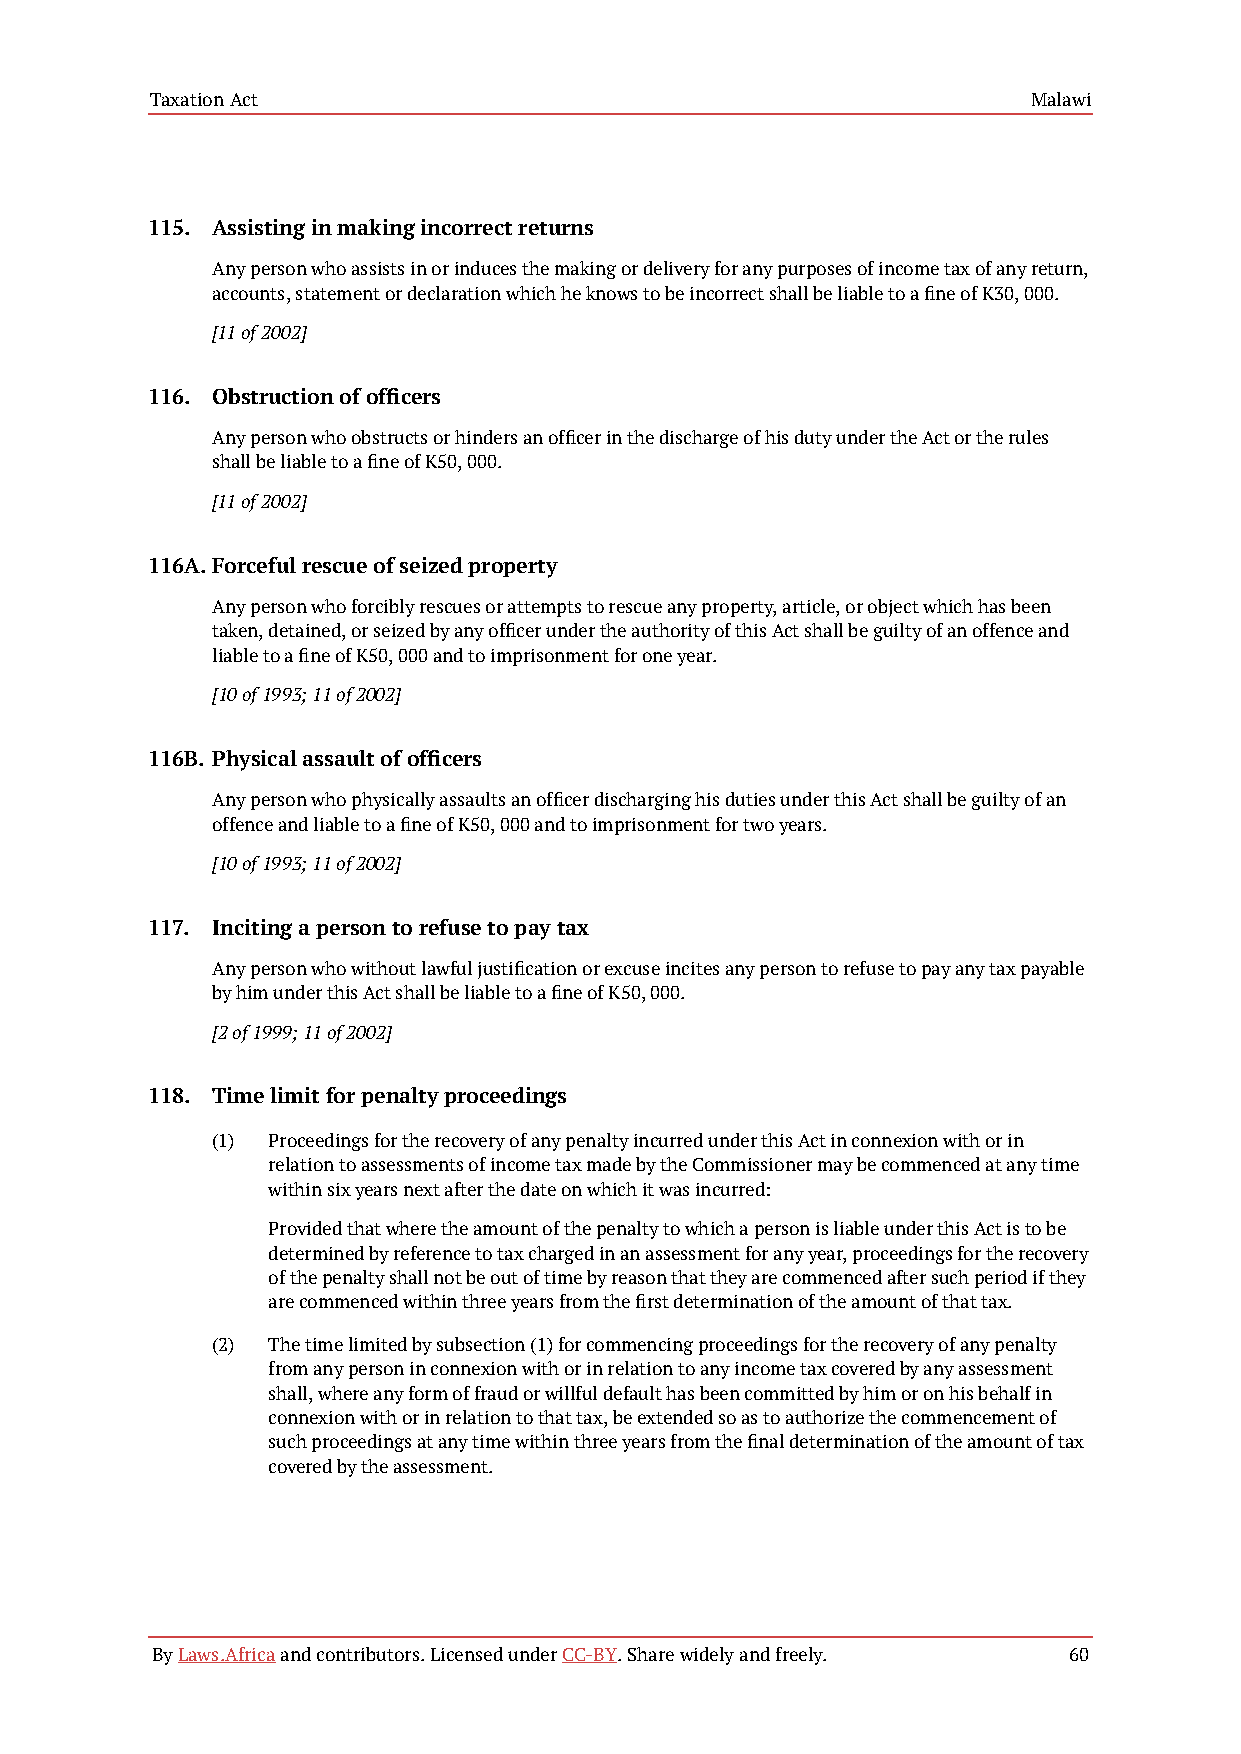
Taxation Act                                              Malawi
 115. Assisting in making incorrect returns
 Any person who assists in or induces the making or delivery for any purposes of income tax of any return,
 accounts, statement or declaration which he knows to be incorrect shall be liable to a fine of K30, 000.
 [11 of 2002]
 116. Obstruction of officers
 Any person who obstructs or hinders an officer in the discharge of his duty under the Act or the rules
 shall be liable to a fine of K50, 000.
 [11 of 2002]
 116A.Forceful rescue of seized property
 Any person who forcibly rescues or attempts to rescue any property, article, or object which has been
 taken, detained, or seized by any officer under the authority of this Act shall be guilty of an offence and
 liable to a fine of K50, 000 and to imprisonment for one year.
 [10 of 1993; 11 of 2002]
 116B. Physical assault of officers
 Any person who physically assaults an officer discharging his duties under this Act shall be guilty of an
 offence and liable to a fine of K50, 000 and to imprisonment for two years.
 [10 of 1993; 11 of 2002]
 117. Inciting a person to refuse to pay tax
 Any person who without lawful justification or excuse incites any person to refuse to pay any tax payable
 by him under this Act shall be liable to a fine of K50, 000.
 [2 of 1999; 11 of 2002]
 118. Time limit for penalty proceedings
 (1) Proceedings for the recovery of any penalty incurred under this Act in connexion with or in
 relation to assessments of income tax made by the Commissioner may be commenced at any time
 within six years next after the date on which it was incurred:
 Provided that where the amount of the penalty to which a person is liable under this Act is to be
 determined by reference to tax charged in an assessment for any year, proceedings for the recovery
 of the penalty shall not be out of time by reason that they are commenced after such period if they
 are commenced within three years from the first determination of the amount of that tax.
 (2) The time limited by subsection (1) for commencing proceedings for the recovery of any penalty
 from any person in connexion with or in relation to any income tax covered by any assessment
 shall, where any form of fraud or willful default has been committed by him or on his behalf in
 connexion with or in relation to that tax, be extended so as to authorize the commencement of
 such proceedings at any time within three years from the final determination of the amount of tax
 covered by the assessment.
 By Laws.Africa and contributors. Licensed under CC-BY. Share widely and freely. 60